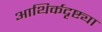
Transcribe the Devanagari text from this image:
आथिर्कदृष्ट्या